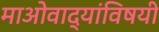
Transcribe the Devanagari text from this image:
माओवाद्यांविषयी